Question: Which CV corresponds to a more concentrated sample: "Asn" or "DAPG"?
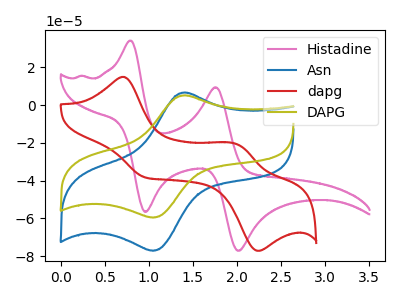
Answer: <think>The pink curve "Histadine" has anodic peaks at (0.80V, 34.05uA) (1.75V, 9.40uA) and cathodic peaks at (0.95V, -56.55uA) (2.00V, -77.10uA). The blue curve "Asn" has an anodic peak at (1.40V, 6.55uA) and a cathodic peak at (1.05V, -77.10uA). The red curve "dapg" has anodic peaks at (0.70V, 14.90uA) (2.00V, -20.95uA) and cathodic peaks at (0.95V, -38.30uA) (2.25V, -77.10uA). The olive curve "DAPG" has an anodic peak at (1.40V, 5.05uA) and a cathodic peak at (1.05V, -59.55uA).
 All the peaks in "Asn" have a peak in "DAPG" at the same potential. Every peak in "Asn" is higher than every peak in "DAPG".</think>
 <answer>"Asn" has more signal than "DAPG" and so likely has a higher concentration.</answer>
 <eval>more_concentration</eval>